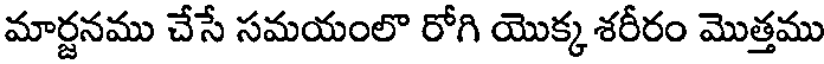
మార్జనము చేసే సమయంలొ రోగి యొక్క శరీరం మొత్తము